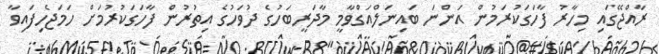
ރާއްޖޭގައި މިހާރު ފާހަގަކުރަމުން އަންނަ ބައިނަލްއަގްވާމީ މާދަރީބަހުގެ ދުވަހުގެ އިތުރުން ފާހަގަކުރުމަށް ހަމަޖެހިފައިވާ